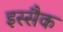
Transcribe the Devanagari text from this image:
इस्सैक